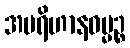
အပရိဟာနဓမ္မဉ္စ